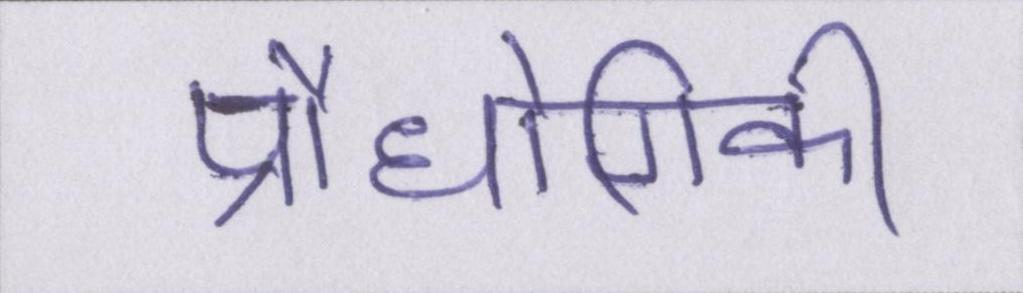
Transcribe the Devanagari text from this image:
प्रौधोगिकी